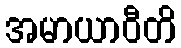
အမာယာဝီတိ